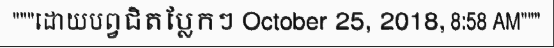
"""ដោយបព្វជិតប្លែកៗ October 25, 2018, 8:58 AM"""